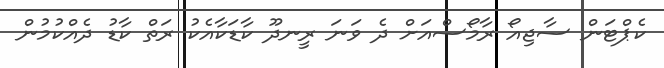
ކެޕްޓަން ސާޖިއޯ ރާމޯސްއަށް ދެ ވަނަ ރީނދޫ ކާޑަކާއެކު ރަތް ކާޑު ދެއްކުމުން